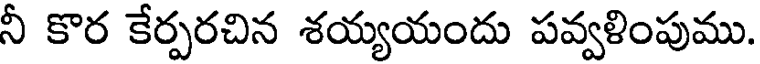
నీ కొర కేర్పరచిన శయ్యయందు పవ్వళింపుము.